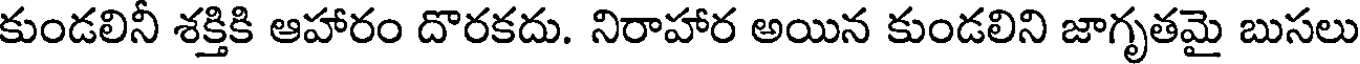
కుండలినీ శక్తికి ఆహారం దొరకదు. నిరాహార అయిన కుండలిని జాగృతమై బుసలు